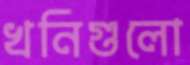
খনিগুলো